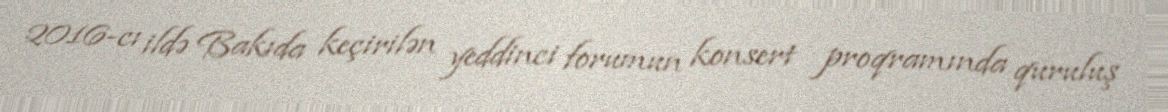
2016-cı ildə Bakıda keçirilən yeddinci forumun konsert proqramında quruluş